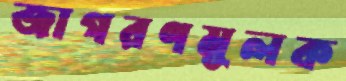
জাগরণমূলক